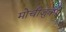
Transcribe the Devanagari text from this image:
मोचीज़ुकी